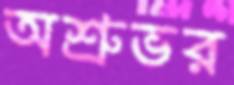
অশ্রুভর